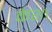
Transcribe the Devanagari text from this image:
केश।